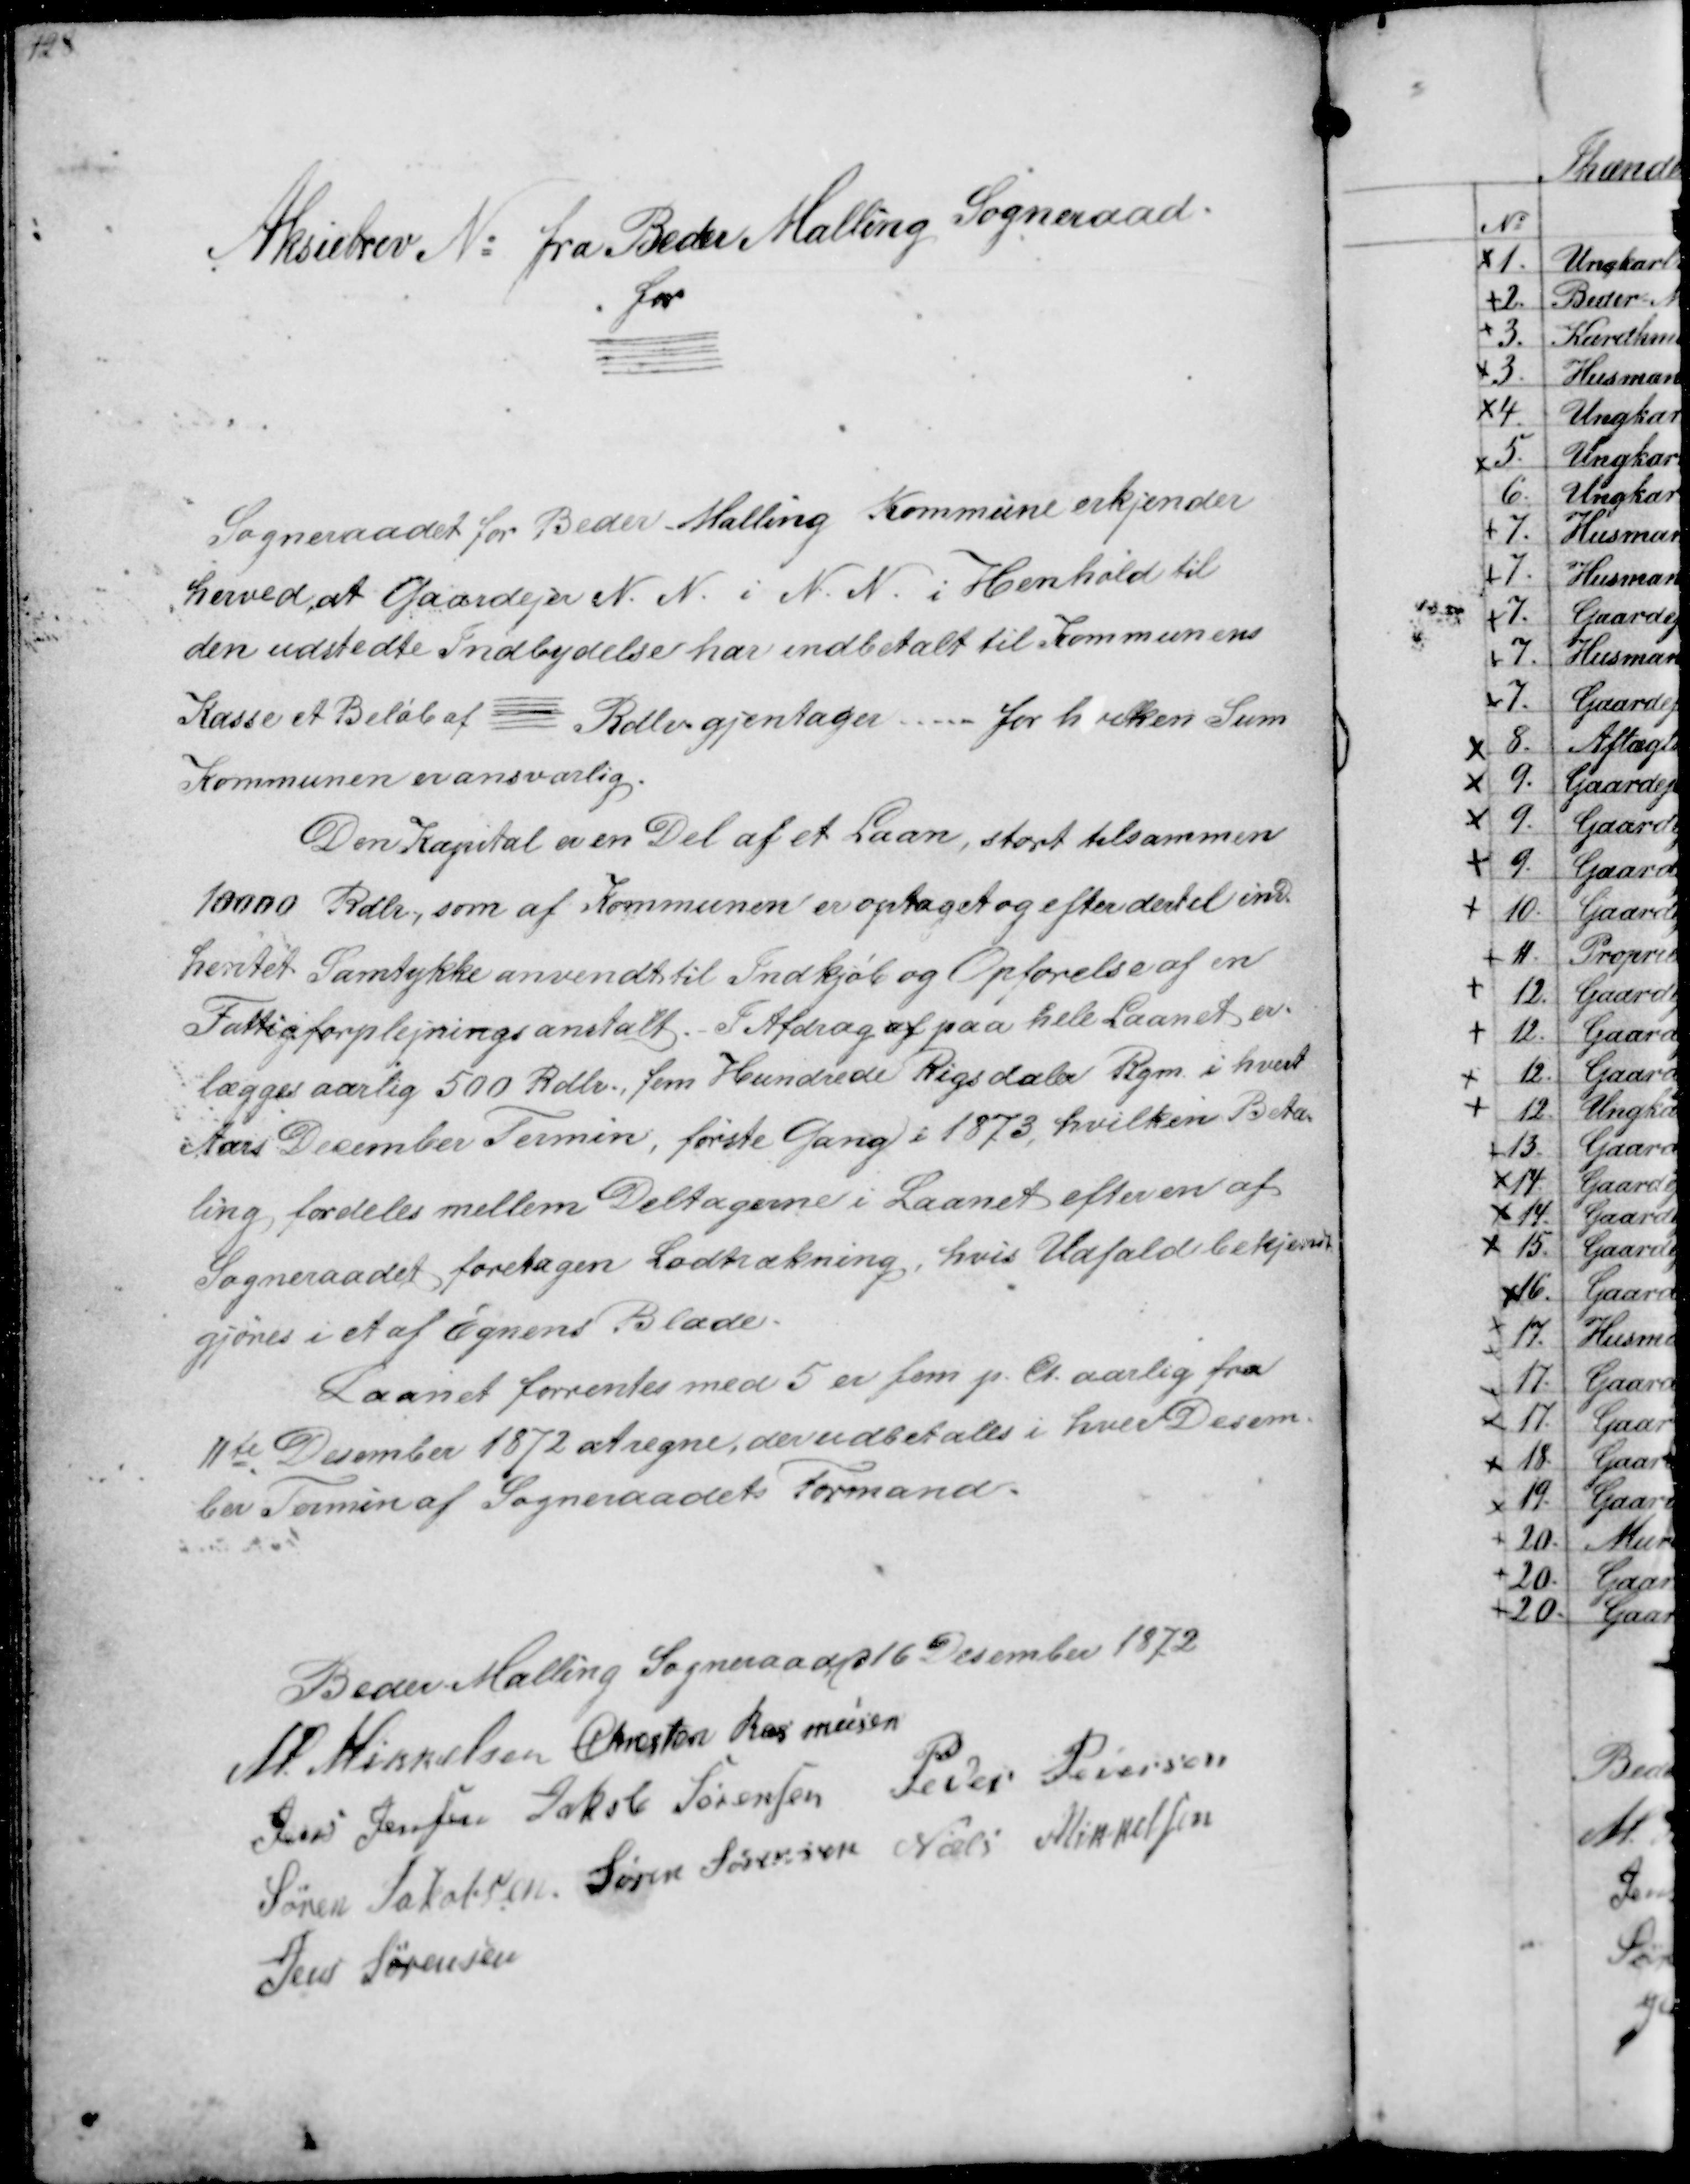
Transskription:
Aksiebrev No fra Beder Malling Sogneraad
for

Sogneraadet for Beder Malling Kommune erkjender
herved at Gaardejer N. N. i N. N. i Henhold til
den udstedte Indbydelse har indbetalt til Kommunens
Kasse et Beløb af ----- Rdlr gjentager. ----- for hvilken Sum
Kommunen er ansvarlig

Den Kapital er en Del af et Laan, stort tilsammen
10000 Rdlr, som af Kommunen er optaget og efter dertil ind-
hentet Samtykke anvendt til Indkjøb og Opførelse af en
Fattigforplejningsamtalt. I Afdrag af paa hele Laanet er-
lægges aarlig 500 Rdlr., fem Hundrede Rigsdaler Rgm i hvert
Aars December Termin, første Gang i 1873, hvilken Beta-
ling, fordeles mellem Deltagerne i Laanet efter en af
Sogneraadet foretagen Lodtrækning, hvis Udfald bekjendt-
gjøres i et af Egnens Blade.
Laanet forrentes med 5 er fem p. Ct. aalig fra
11te December 1872 at regne, der udbetales i hver Decem-
ber Termin af Sogneraadets Formand

Beder Malling Sogneraaad 16 December 1872.
M Mikkelsen Chresten Rasmussen
Jens Jensen Jakob Sørensen Peder Pedersen
Søren Jakobsen Søren Sørernsen Niels Mikkelsen
Jens Sørensen